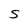
Character: S